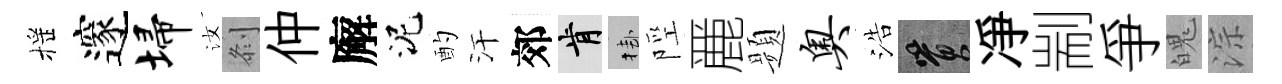
摇邃埽汝𠛴仲廨泥酌汗郊肯挂陘䴡题奥浩篔凈剬爭魄淙